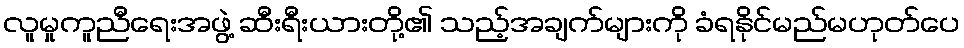
လူမှုကူညီရေးအဖွဲ့ ဆီးရီးယားတို့၏ သည့်အချက်များကို ခံရနိုင်မည်မဟုတ်ပေ